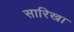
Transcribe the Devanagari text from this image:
सारिखा